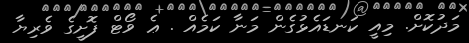
މަދުކޮށް. މިއީ ކަނޑައެޅުގެން މަނާ ކަމެއް . ޢެ ވޯޓް ފޮށީގެ ވެރިޔާ